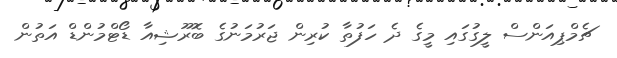
ޗެމްޕިއަންސް ލީގުގައި މީގެ ދެ ހަފުތާ ކުރިން ޖަރުމަނުގެ ބޮރޫޝިއާ ޑޯޓްމުންޑް އަތުން